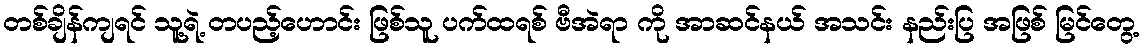
တစ်ချိန်ကျရင် သူ့ရဲ့ တပည့်ဟောင်း ဖြစ်သူ ပက်ထရစ် ဗီအဲရာ ကို အာဆင်နယ် အသင်း နည်းပြ အဖြစ် မြင်တွေ့